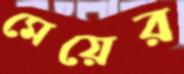
মেয়ের